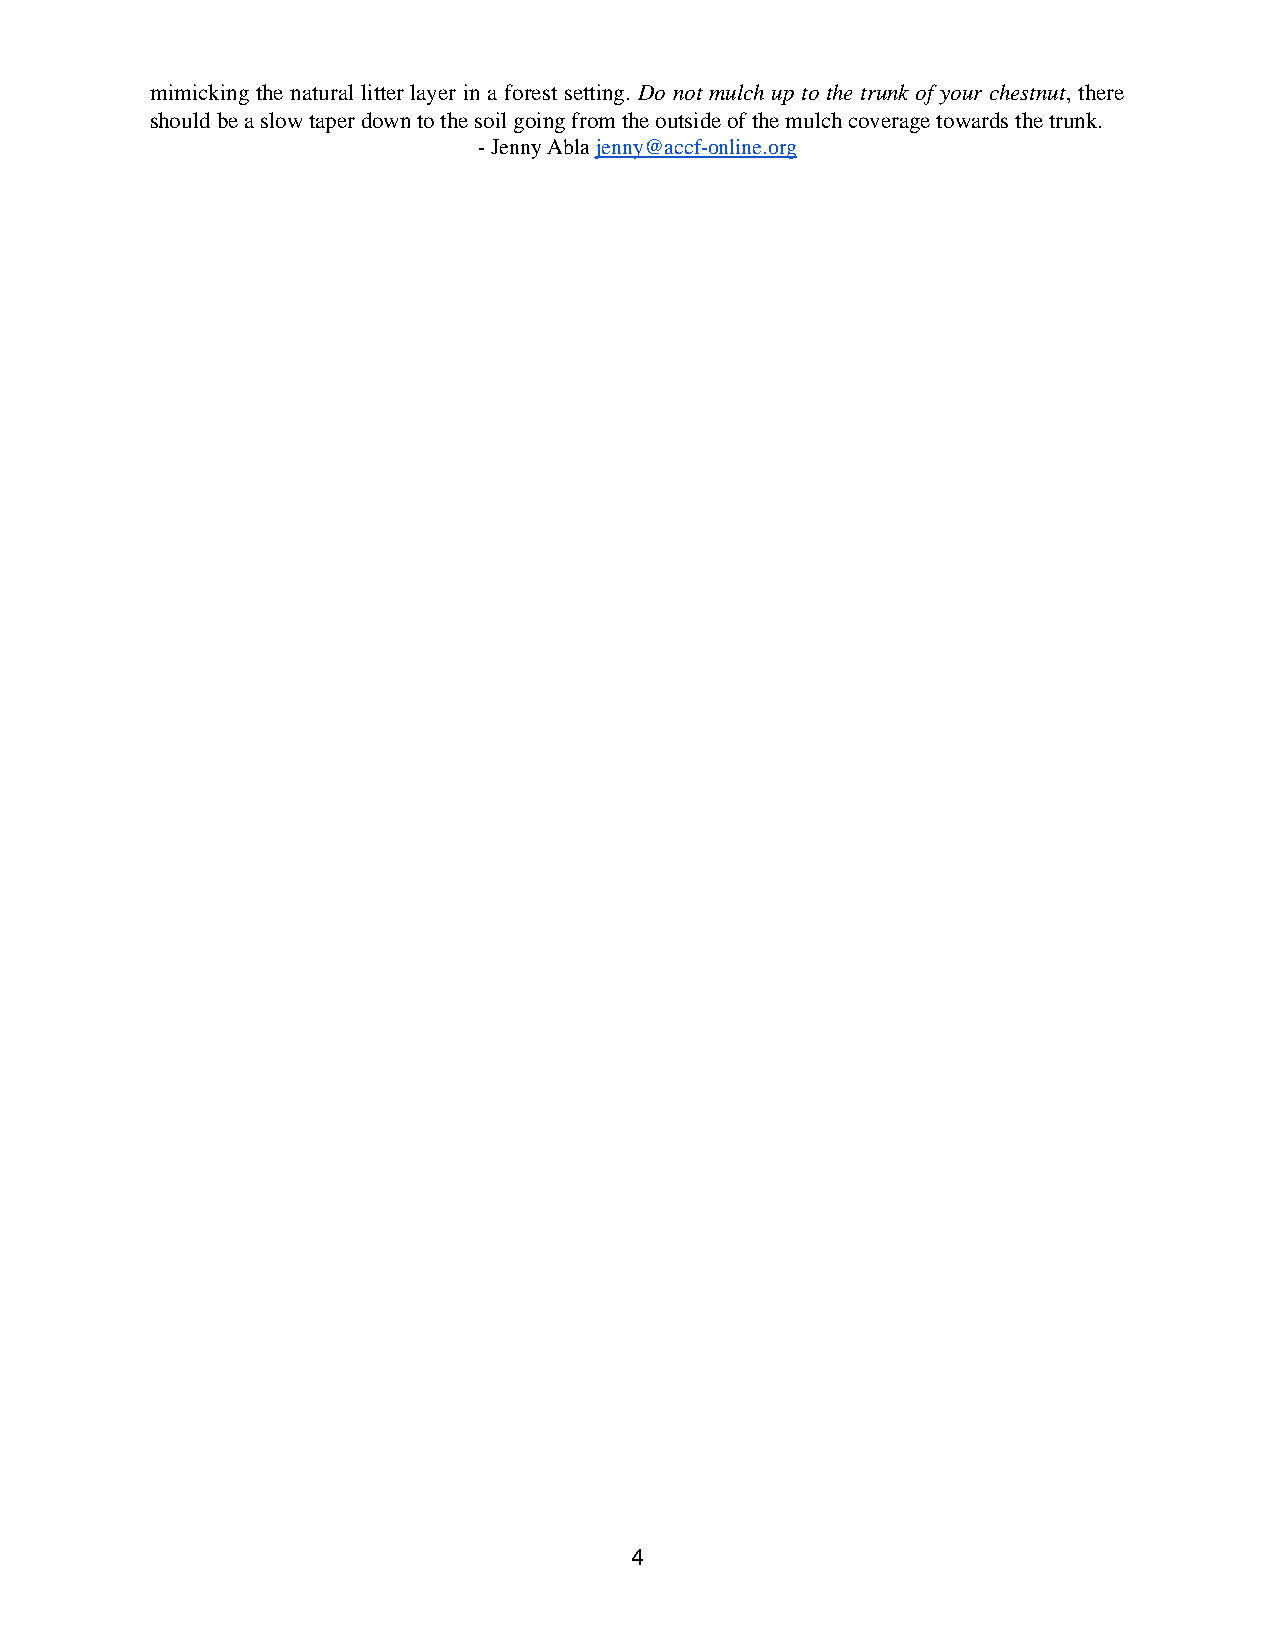
mimicking the natural litter layer in a forest setting. Do not mulch up to the trunk of your chestnut, there
 should be a slow taper down to the soil going from the outside of the mulch coverage towards the trunk.
 - Jenny Abla jenny@accf-online.org
 4